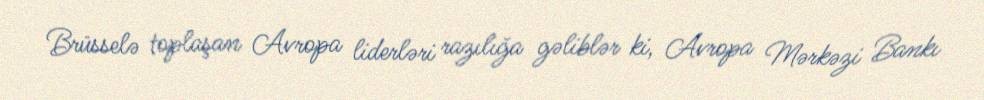
Brüsselə toplaşan Avropa liderləri razılığa gəliblər ki, Avropa Mərkəzi Bankı